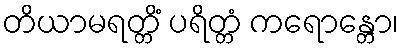
တိယာမရတ္တိံ ပရိတ္တံ ကရောန္တော၊